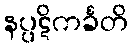
နပ္ပဋိကင်္ခတိ